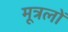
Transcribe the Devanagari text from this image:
मूत्रलों